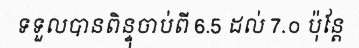
ទទួលបានពិន្ទុចាប់ពី 6.5 ដល់ 7.០ ប៉ុន្តែ